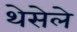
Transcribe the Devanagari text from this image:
थेसेले